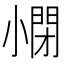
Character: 𡮥